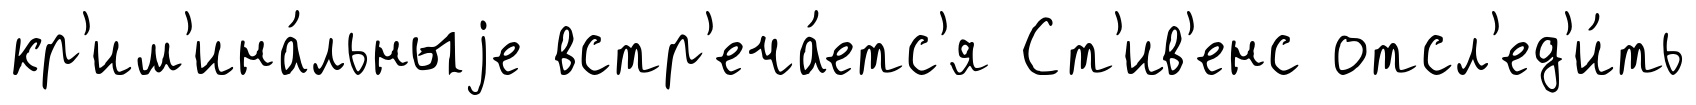
кр'им'ина́льныjе встр'еча́етс'я Ст'ив'енс отсл'ед'и́ть